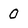
Character: 0